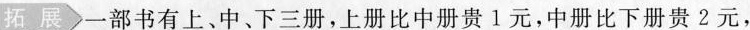
拓展一部书有上、中、下三册，上册比中册贵1元，中册比下册贵2元，